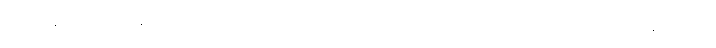
ကဆုန်လပြည့်နေ့၌ ဘုရားအလောင်းတော်မွေးဖွားခြင်း၊ ဘုရားဖြစ်ခြင်း၊ ပရိနိဗ္ဗာန်စံခြင်း၊